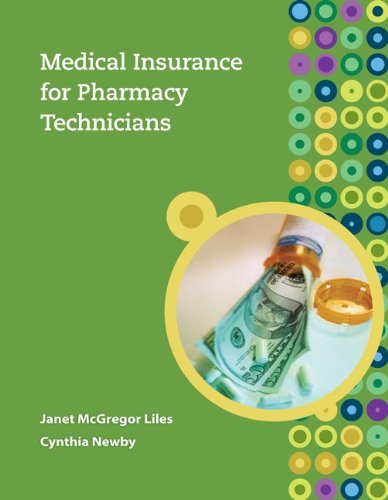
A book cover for Medical Insurance for Pharmacy Technicians; Janet Liles; Business & Money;